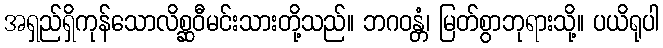
အရှည်ရှိကုန်သောလိစ္ဆဝီမင်းသားတို့သည်။ ဘဂဝန္တံ၊ မြတ်စွာဘုရားသို့။ ပယိရုပါ